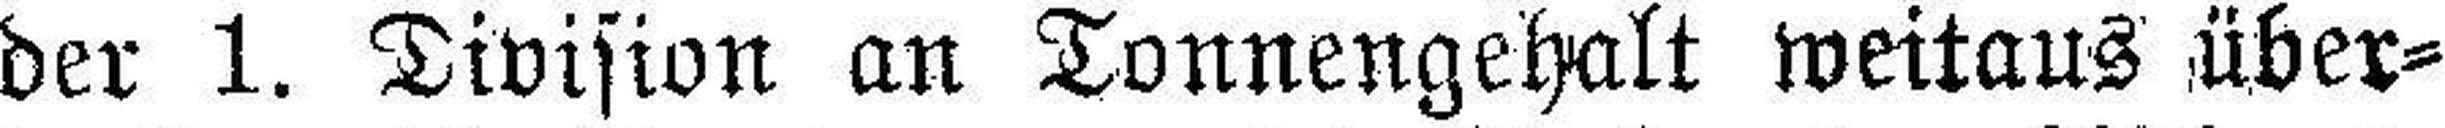
der 1. Division an Tonnengehalt weitaus über¬